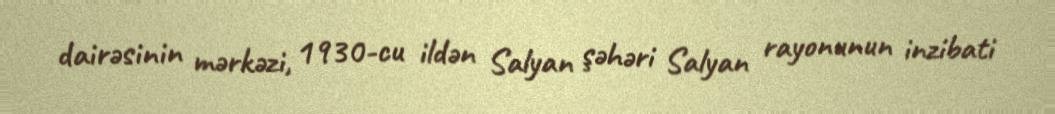
dairəsinin mərkəzi, 1930-cu ildən Salyan şəhəri Salyan rayonunun inzibati